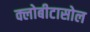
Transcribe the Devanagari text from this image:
क्लोबीटासोल